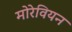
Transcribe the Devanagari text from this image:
मोरेवियन